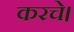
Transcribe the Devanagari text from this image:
करचे।